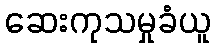
ဆေးကုသမှုခံယူ